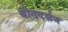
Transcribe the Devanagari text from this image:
श्रौतदर्शन